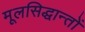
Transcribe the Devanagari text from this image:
मूलसिद्धान्‍तों